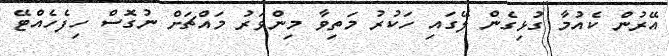
އޭރުން ކެއުމާ ގުޅިގެން ލޭގައި ހަކުރު މަތިވާ މިންވަރު މައްޗަށް ނުގޮސް ހިފެހެއްޓޭ